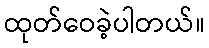
ထုတ်ဝေခဲ့ပါတယ်။